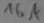
Text: 16A